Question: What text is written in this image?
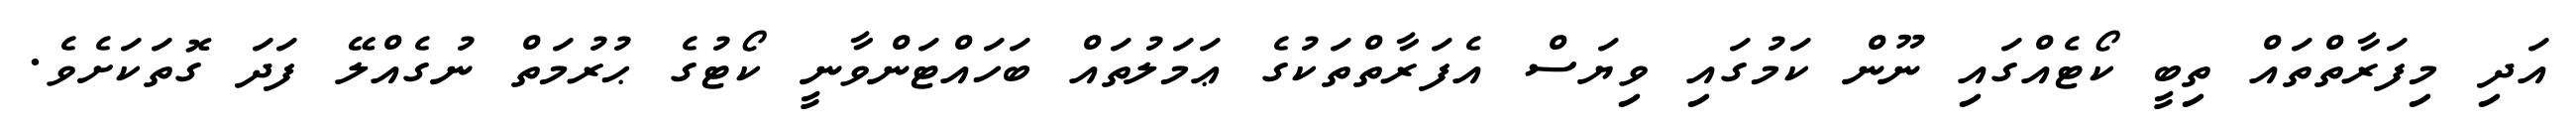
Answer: އަދި މިފަރާތްތައް ތިބީ ކޯޓެއްގައި ނޫން ކަމުގައި ވިޔަސް އެފަރާތްތަކުގެ ޢަމަލުތައް ބަހައްޓަންވާނީ ކޯޓުގެ ޙުރުމަތް ނުގެއްލޭ ފަދަ ގޮތަކަށެވެ.